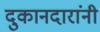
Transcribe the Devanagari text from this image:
दुकानदारांनी